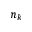
n _ { k }